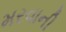
મરવાની